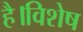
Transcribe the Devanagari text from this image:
है।विशेष